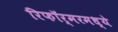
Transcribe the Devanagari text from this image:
रिफॉर्मरमध्ये